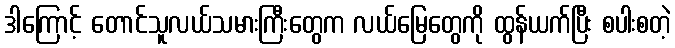
ဒါကြောင့် တောင်သူလယ်သမားကြီးတွေက လယ်မြေတွေကို ထွန်ယက်ပြီး စပါးစတဲ့